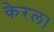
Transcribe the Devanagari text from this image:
केरल।